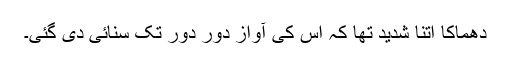
دھماکا اتنا شدید تھا کہ اس کی آواز دور دور تک سنائی دی گئی۔